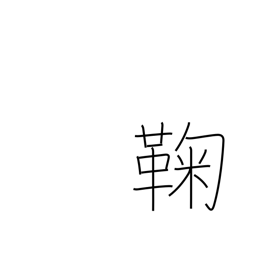
Meaning: ball